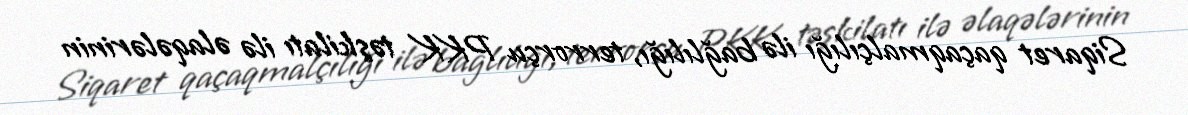
Siqaret qaçaqmalçılığı ilə bağlılığı, terrorçu PKK təşkilatı ilə əlaqələrinin